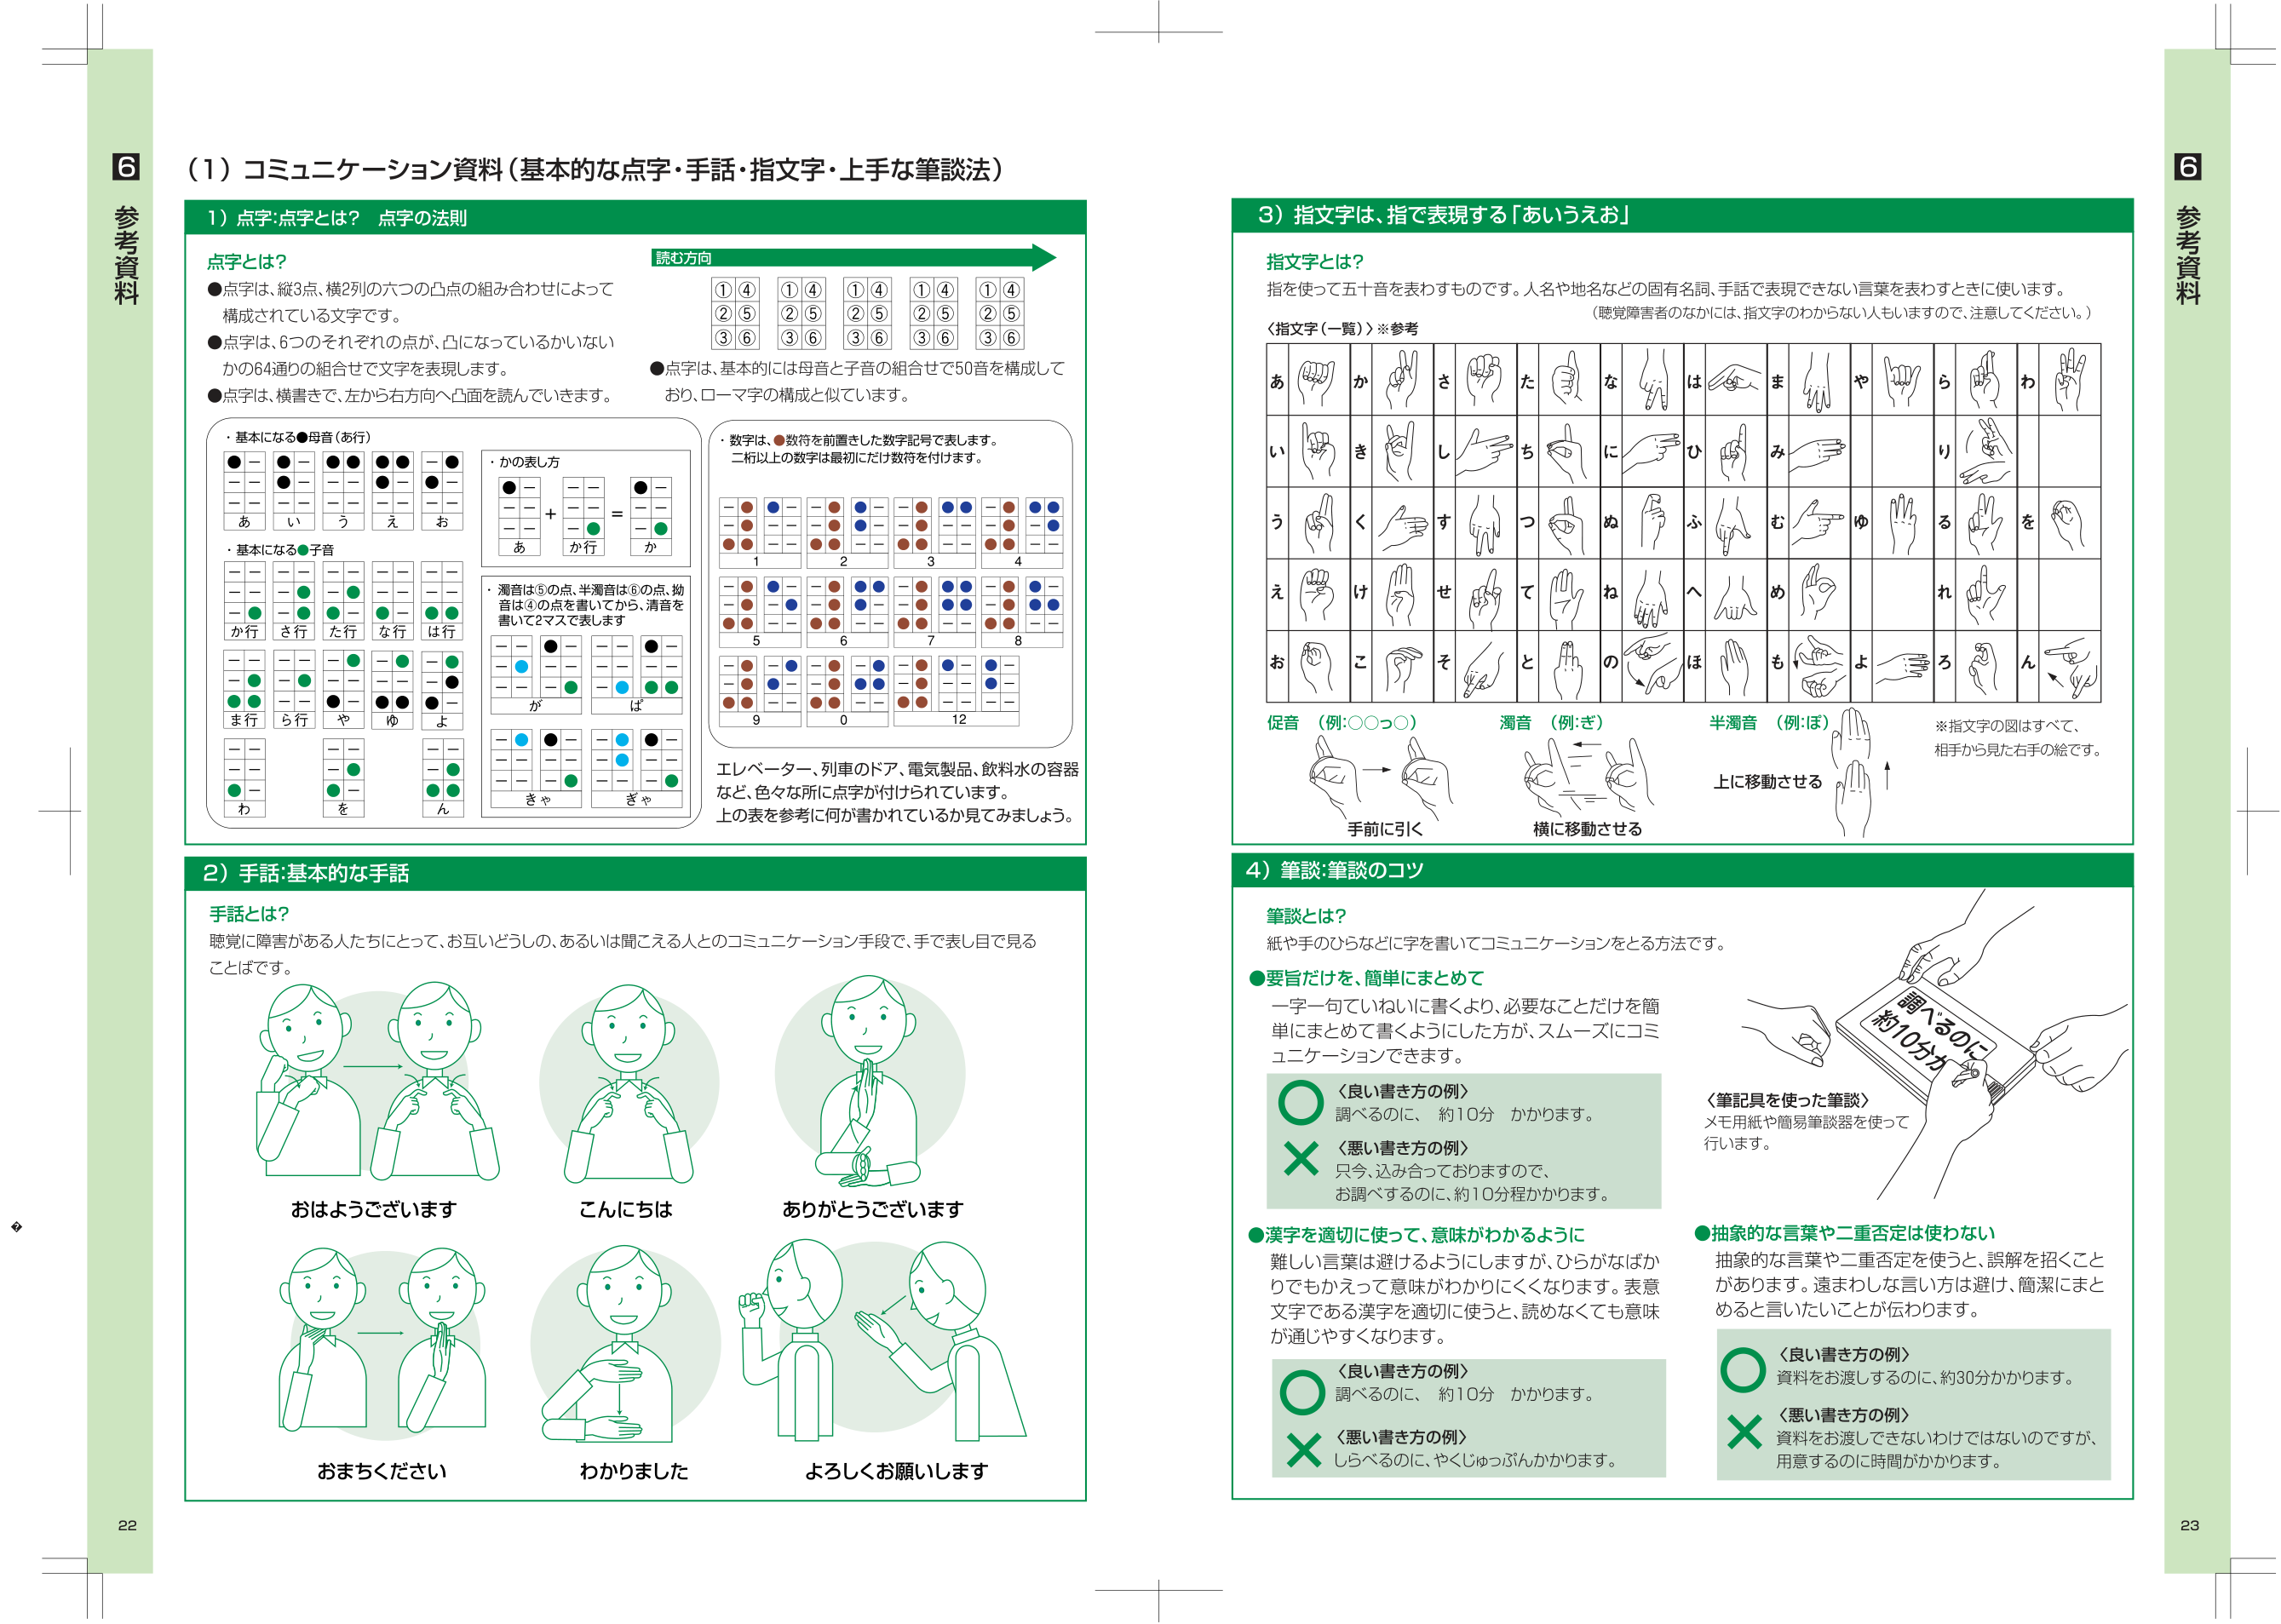
6
参考資料
（1）コミュニケーション資料（基本的な点字・手話・指文字・上手な筆談法）
1）点字：点字とは？ 点字の法則
点字とは？
●点字は、縦3点、横2列の六つの凸点の組み合わせによって構成されている文字です。
●点字は、6つのそれぞれの点が、凸になっているかいないかの64通りの組合せで文字を表現します。
●点字は、横書きで、左から右方向へ凸面を読んでいきます。
・基本になる●母音（あ行）
・かの表し方
・基本になる●子音
・濁音は⑤の点、半濁音は⑥の点、拗音は④の点を書いてから、清音を書いて2マスで表します
・数字は、●数符を前置きした数字記号で表します。
二桁以上の数字は最初にだけ数符を付けます。
エレベーター、列車のドア、電気製品、飲料水の容器など、色々な所に点字が付けられています。
上の表を参考に何が書かれているか見てみましょう。
読む方向
①④ ①④ ①④ ①④ ①④
②⑤ ②⑤ ②⑤ ②⑤ ②⑤
③⑥ ③⑥ ③⑥ ③⑥ ③⑥
●点字は、基本的には母音と子音の組合せで50音を構成しており、ローマ字の構成と似ています。
あ い う え お
か行 さ行 た行 な行 は行
ま行 ら行 や ゆ よ
わ を ん
あ か行 か
が ば
きゃ ぎゃ
1 2 3 4
5 6 7 8
9 0 12
2）手話：基本的な手話
手話とは？
聴覚に障害がある人たちにとって、お互いどうしの、あるいは聞こえる人とのコミュニケーション手段で、手で表し目で見ることばです。
おはようございます
こんにちは
ありがとうございます
おまちください
わかりました
よろしくお願いします
3）指文字は、指で表現する「あいうえお」
指文字とは？
指を使って五十音を表わすものです。人名や地名などの固有名詞、手話で表現できない言葉を表わすときに使います。
（聴覚障害者のなかには、指文字のわからない人もいますので、注意してください。）
〈指文字（一覧）〉※参考
あ か さ た な は ま や ら わ
い き し ち に ひ み り
う く す つ ぬ ふ む ゆ る を
え け せ て ね へ め れ
お こ そ と の ほ も よ ろ ん
促音 （例：○○っ○） 濁音 （例：ぎ） 半濁音 （例：ほ）
手前に引く 横に移動させる 上に移動させる
※指文字の図はすべて、相手から見た右手の絵です。
4）筆談：筆談のコツ
筆談とは？
紙や手のひらなどに字を書いてコミュニケーションをとる方法です。
●要旨だけを、簡単にまとめて
一字一句ていねいに書くより、必要なことだけを簡単にまとめて書くようにした方が、スムーズにコミュニケーションできます。
〈良い書き方の例〉
調べるのに、 約10分 かかります。
〈悪い書き方の例〉
只今、込み合っておりますので、お調べするのに、約10分程かかります。
●漢字を適切に使って、意味がわかるように
難しい言葉は避けるようにしますが、ひらがなばかりでもかえって意味がわかりにくくなります。表意文字である漢字を適切に使うと、読めなくても意味が通じやすくなります。
〈良い書き方の例〉
調べるのに、 約10分 かかります。
〈悪い書き方の例〉
しらべるのに、やくじゅっぷんかかります。
〈筆記具を使った筆談〉
メモ用紙や簡易筆談器を使って行います。
●抽象的な言葉や二重否定は使わない
抽象的な言葉や二重否定を使うと、誤解を招くことがあります。遠まわしな言い方は避け、簡潔にまとめると言いたいことが伝わります。
〈良い書き方の例〉
資料をお渡しするのに、約30分かかります。
〈悪い書き方の例〉
資料をお渡しできないわけではないのですが、用意するのに時間がかかります。
6
参考資料
22
23